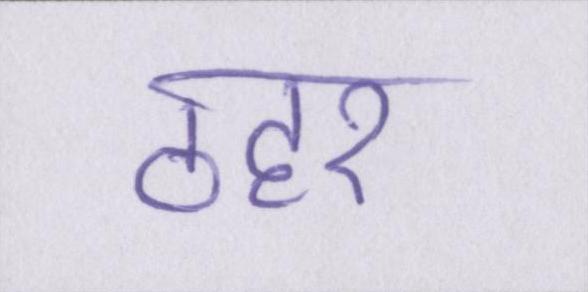
ठहर